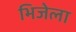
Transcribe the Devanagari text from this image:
भिजेला